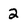
Character: 2